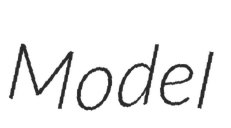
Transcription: Model